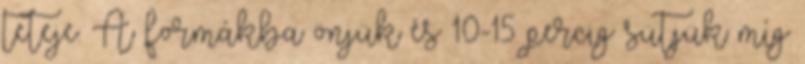
teteje. A formákba önjük és 10-15 percig sütjük míg